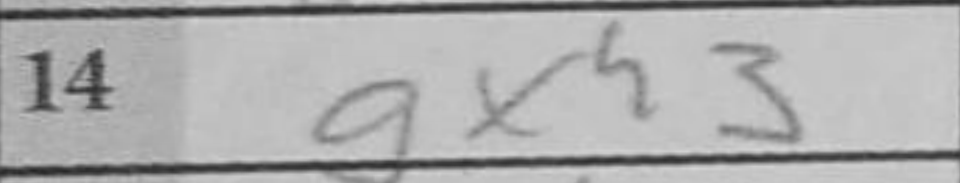
Transcription: gxh3